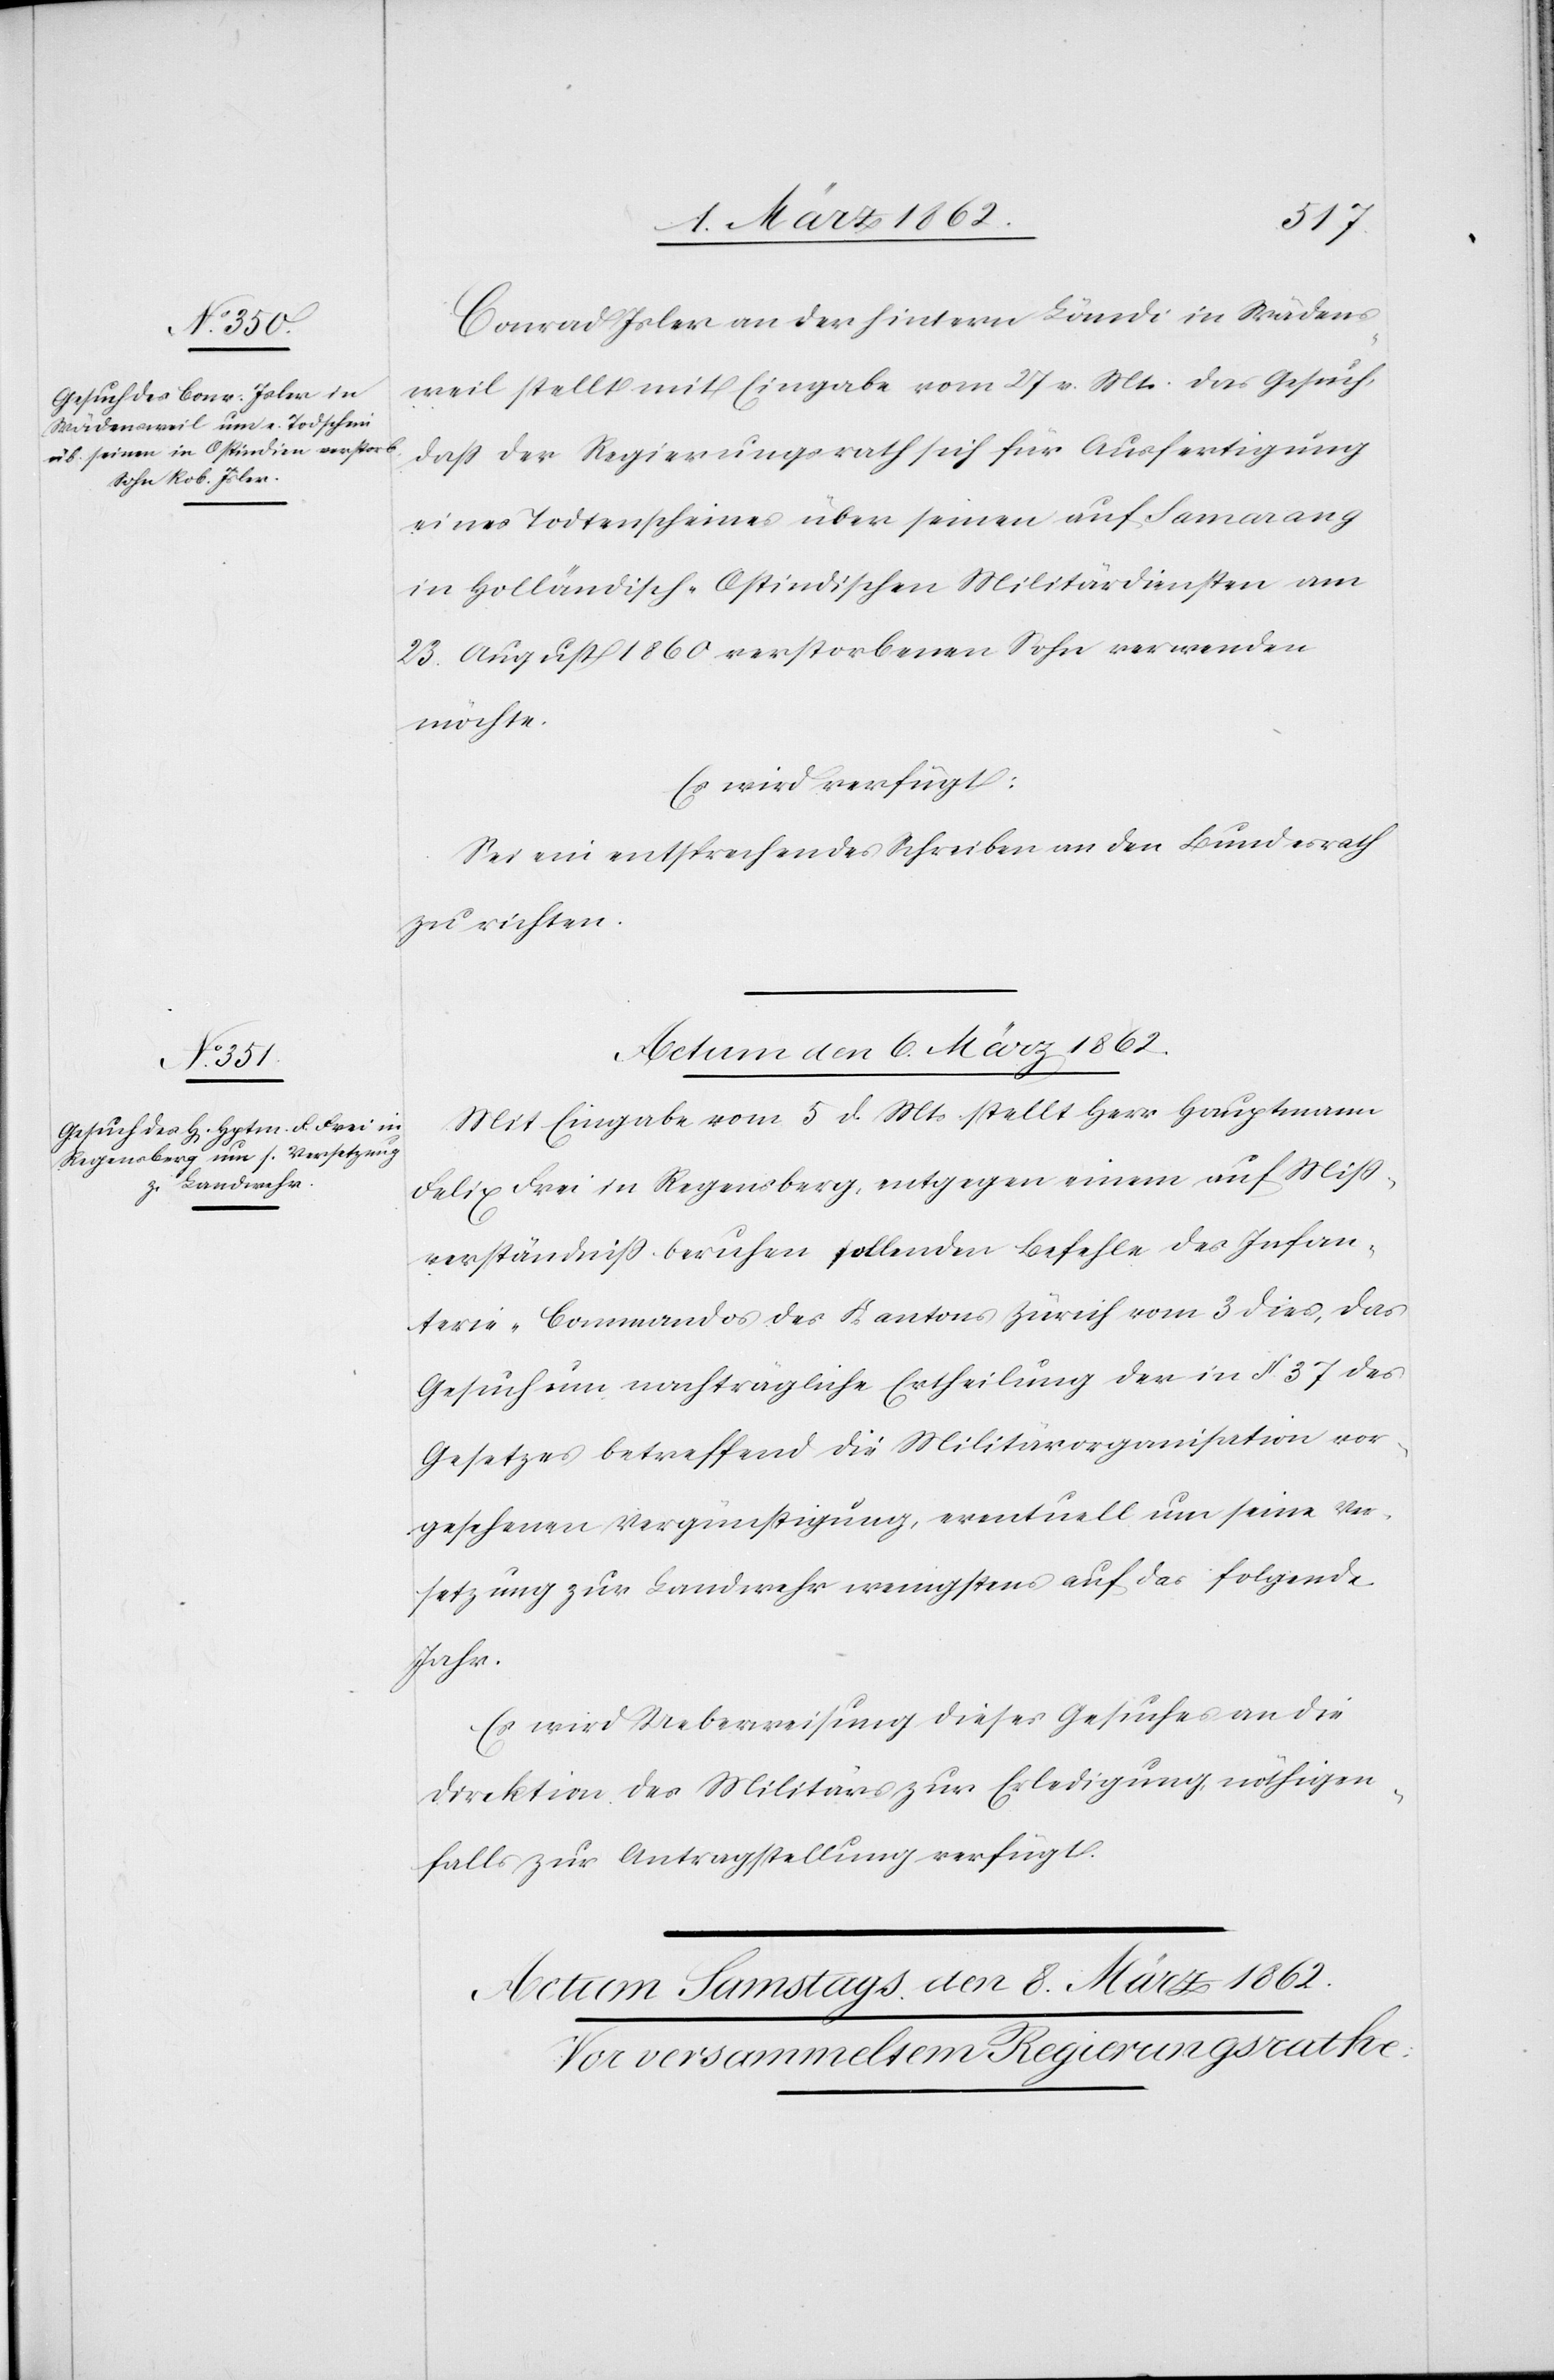
Conrad Isler an der hintern Ländi in Wädens¬
weil stellt mit Eingabe vom 27 v. Mts. das Gesuch,
daß der Regierungsrath sich für Ausfertigung
eines Todtenscheines über seinen auf Samarang
in Holländisch-Ostindischen Militärdiensten am
23. August 1860 verstorbenen Sohn verwenden
möchte.
Es wird verfügt:
Sei ein entsprechendes Schreiben an den Bundesrath
zu richten.
Actum den 6. März 1862.
Mit Eingabe vom 5 d. Mts. stellt Herr Hauptmann
Felix Frei in Regensberg, entgegen einem auf Miß¬
verständniß beruhen sollenden Befehle des Infan¬
terie-Commandos des Kantons Zürich vom 3 dies, das
Gesuch um nachträgliche Ertheilung der in §. 37 des
Gesetzes betreffend die Militärorganisation vor¬
gesehenen Vergünstigung, eventuell um seine Ver¬
setzung zur Landwehr wenigstens auf das folgende
Jahr.
Es wird Ueberweisung dieses Gesuches an die
Direktion des Militärs zur Erledigung, nöthigen¬
falls zur Antragstellung verfügt.